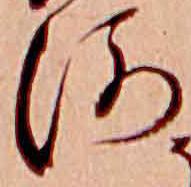
河